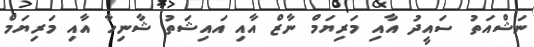
ނަޝްއަތު ސައީދު އާއި މަރިޔަމް ނާޒް އާއި އައިޝަތު ޝާނިހާ އާއި މަރިޔަމް